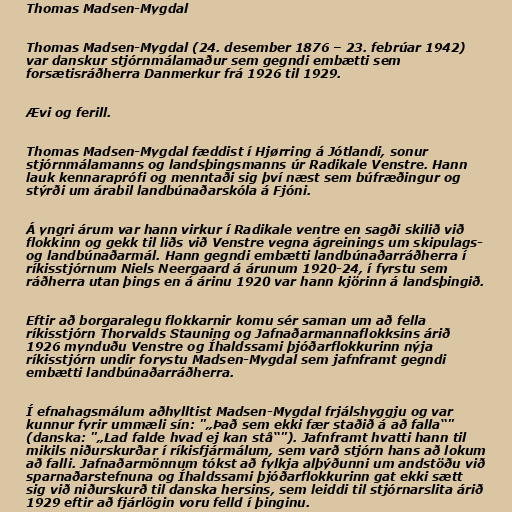
Thomas Madsen-Mygdal

Thomas Madsen-Mygdal (24. desember 1876 – 23. febrúar 1942)
var danskur stjórnmálamaður sem gegndi embætti sem
forsætisráðherra Danmerkur frá 1926 til 1929.

Ævi og ferill.

Thomas Madsen-Mygdal fæddist í Hjørring á Jótlandi, sonur
stjórnmálamanns og landsþingsmanns úr Radikale Venstre. Hann
lauk kennaraprófi og menntaði sig því næst sem búfræðingur og
stýrði um árabil landbúnaðarskóla á Fjóni.

Á yngri árum var hann virkur í Radikale ventre en sagði skilið við
flokkinn og gekk til liðs við Venstre vegna ágreinings um skipulags-
og landbúnaðarmál. Hann gegndi embætti landbúnaðarráðherra í
ríkisstjórnum Niels Neergaard á árunum 1920-24, í fyrstu sem
ráðherra utan þings en á árinu 1920 var hann kjörinn á landsþingið.

Eftir að borgaralegu flokkarnir komu sér saman um að fella
ríkisstjórn Thorvalds Stauning og Jafnaðarmannaflokksins árið
1926 mynduðu Venstre og Íhaldssami þjóðarflokkurinn nýja
ríkisstjórn undir forystu Madsen-Mygdal sem jafnframt gegndi
embætti landbúnaðarráðherra.

Í efnahagsmálum aðhylltist Madsen-Mygdal frjálshyggju og var
kunnur fyrir ummæli sín: "„Það sem ekki fær staðið á að falla“"
(danska: "„Lad falde hvad ej kan stå“"). Jafnframt hvatti hann til
mikils niðurskurðar í ríkisfjármálum, sem varð stjórn hans að lokum
að falli. Jafnaðarmönnum tókst að fylkja alþýðunni um andstöðu við
sparnaðarstefnuna og Íhaldssami þjóðarflokkurinn gat ekki sætt
sig við niðurskurð til danska hersins, sem leiddi til stjórnarslita árið
1929 eftir að fjárlögin voru felld í þinginu.